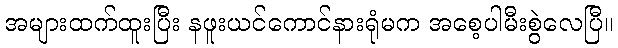
အများထက်ထူးပြီး နဖူးယင်ကောင်နားရုံမက အစေ့ပါမီးစွဲလေပြီ။